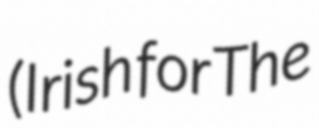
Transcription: (Irish for The